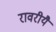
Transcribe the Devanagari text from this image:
रावरीयै